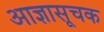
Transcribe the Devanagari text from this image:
आज्ञासूचक